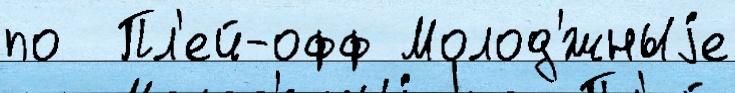
по  Пл'ей-офф Молод'́жныjе